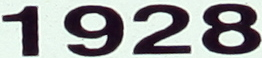
1928